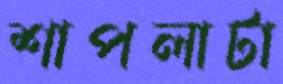
শাপলাটা